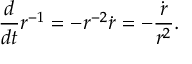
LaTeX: { \frac { d } { d t } } r ^ { - 1 } = - r ^ { - 2 } { \dot { r } } = - { \frac { \dot { r } } { r ^ { 2 } } } .